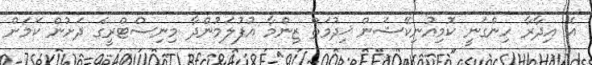
އެ އިދާރާ ހިންގަނީ ކޮމިއުނިކޭޝަން ޚިދުމަތް ޒިންމާ އުފުލަމުންދާ މިނިސްޓްރީގެ ދަށުން ކަމަށް